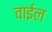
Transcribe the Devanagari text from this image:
वाईल